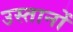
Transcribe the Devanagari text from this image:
उस्तानों